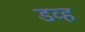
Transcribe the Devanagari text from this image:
डव्ह